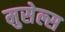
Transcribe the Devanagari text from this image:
मुसेल्स